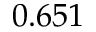
0 . 6 5 1